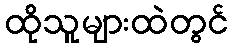
ထိုသူများထဲတွင်